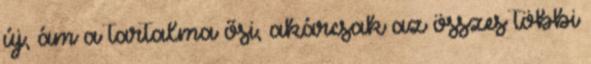
új, ám a tartalma ősi, akárcsak az összes többi